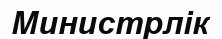
Министрлік